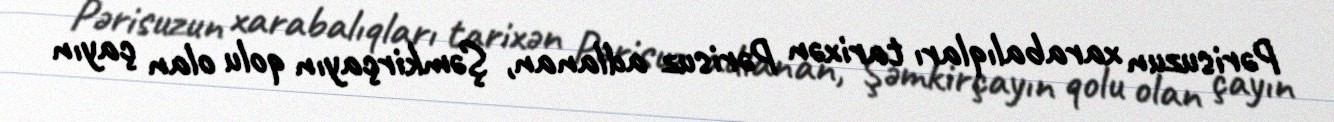
Pərisuzun xarabalıqları tarixən Pərisuz adlanan, Şəmkirçayın qolu olan çayın